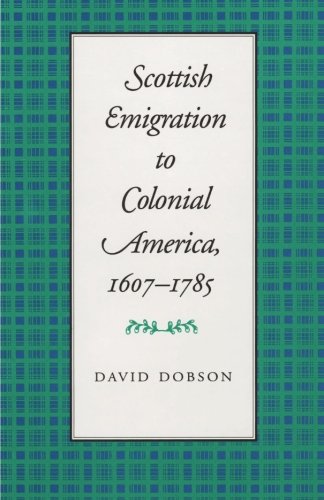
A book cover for Scottish Emigration to Colonial America, 1607-1785; David Dobson; History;